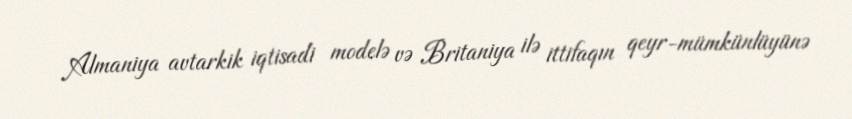
Almaniya avtarkik iqtisadi modelə və Britaniya ilə ittifaqın qeyr-mümkünlüyünə